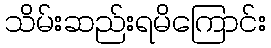
သိမ်းဆည်းရမိကြောင်း